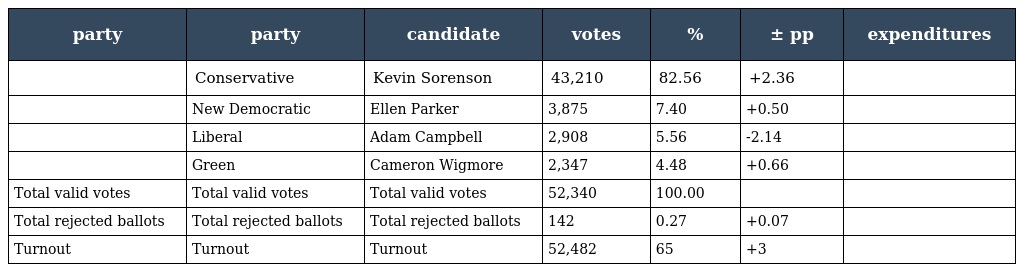
| party | party | candidate | votes | % | ± pp | expenditures |
 | --- | --- | --- | --- | --- | --- | --- |
 |  | Conservative | Kevin Sorenson | 43,210 | 82.56 | +2.36 |  |
 |  | New Democratic | Ellen Parker | 3,875 | 7.40 | +0.50 |  |
 |  | Liberal | Adam Campbell | 2,908 | 5.56 | -2.14 |  |
 |  | Green | Cameron Wigmore | 2,347 | 4.48 | +0.66 |  |
 | Total valid votes | Total valid votes | Total valid votes | 52,340 | 100.00 |  |  |
 | Total rejected ballots | Total rejected ballots | Total rejected ballots | 142 | 0.27 | +0.07 |  |
 | Turnout | Turnout | Turnout | 52,482 | 65 | +3 |  |